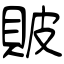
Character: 貱